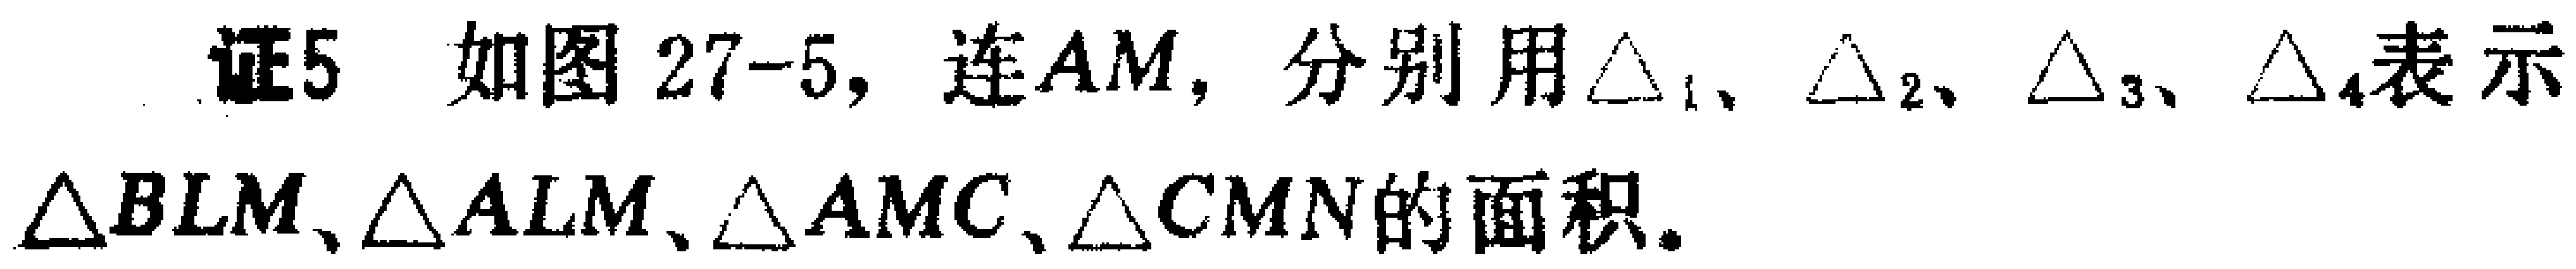
证5 如图27-5，连$AM$，分别用$\triangle_{1}$、$\triangle_{2}$、$\triangle_{3}$、$\triangle_{4}$表示$\triangle BLM$、$\triangle ALM$、$\triangle AMC$、$\triangle CMN$的面积。